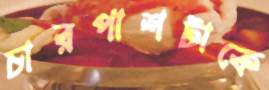
চারপাশটাকে